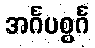
အင်္ဂပစ္စင်္ဂ